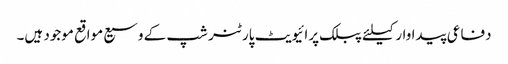
دفاعی پیداوار کیلئے پبلک پرائیویٹ پارٹنر شپ کے وسیع مواقع موجود ہیں۔